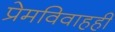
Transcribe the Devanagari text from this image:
प्रेमविवाहही